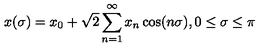
x ( \sigma ) = x _ { 0 } + \sqrt { 2 } \sum _ { n = 1 } ^ { \infty } x _ { n } \cos ( n \sigma ) , 0 \leq \sigma \leq \pi